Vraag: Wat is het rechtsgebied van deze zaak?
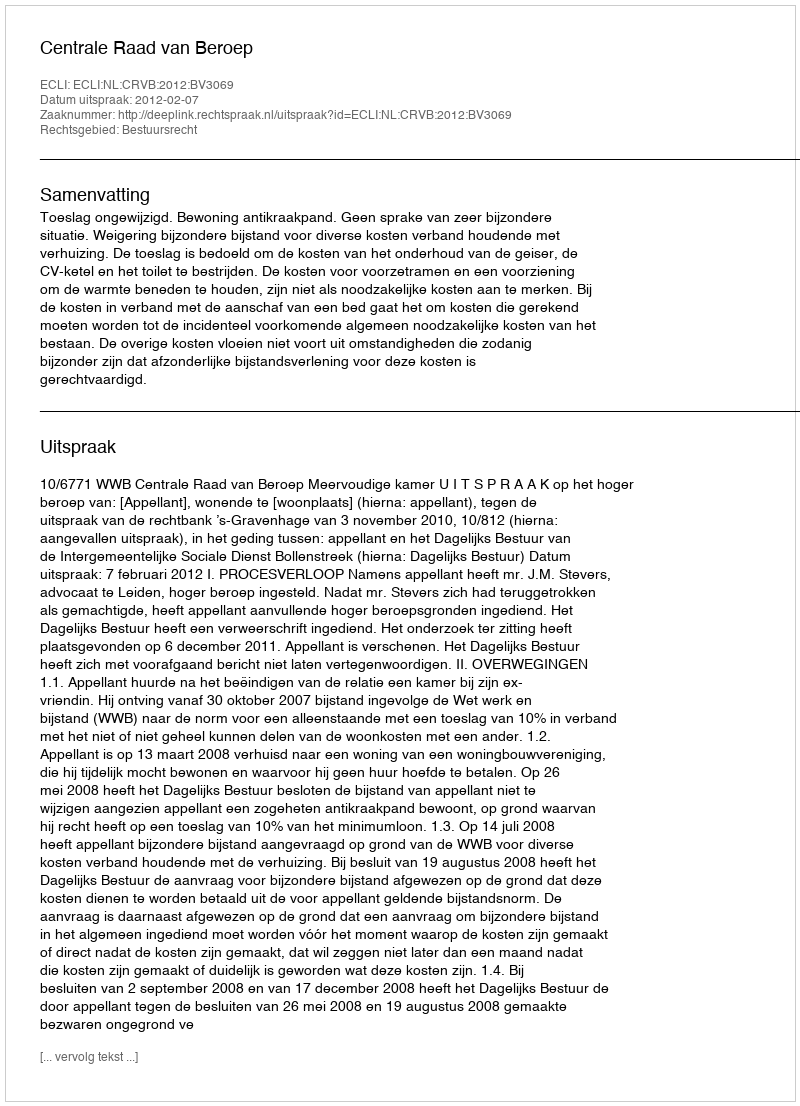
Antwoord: Bestuursrecht